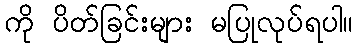
ကို ပိတ်ခြင်းများ မပြုလုပ်ရပါ။